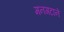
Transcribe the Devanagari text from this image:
मनगटाने